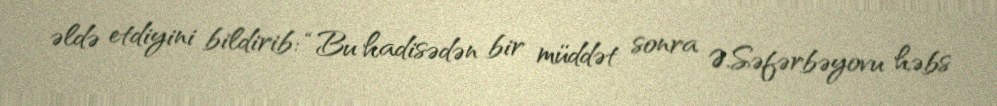
əldə etdiyini bildirib: “Bu hadisədən bir müddət sonra Ə.Səfərbəyovu həbs